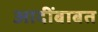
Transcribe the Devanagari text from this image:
आदींबाबत